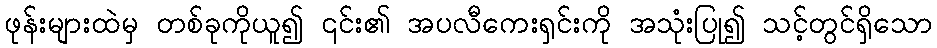
ဖုန်းများထဲမှ တစ်ခုကိုယူ၍ ၎င်း၏ အပလီကေးရှင်းကို အသုံးပြု၍ သင့်တွင်ရှိသော